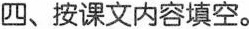
四、按课文内容填空。